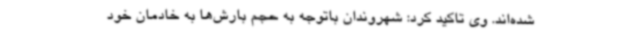
شده‌اند. وی تاکید کرد: شهروندان باتوجه به حجم بارش‌ها به خادمان خود